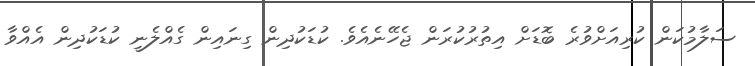
ސަލާމުކަން ކުރިއަށްވުރެ ބޮޑަށް އިތުރުކުރަން ޖެހޭނެއެވެ. ކުޑަކުދިން ގިނައިން ގެއްލެނީ ކުޑަކުދިން އެއްވާ